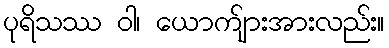
ပုရိသဿ ဝါ၊ ယောက်ျားအားလည်း။